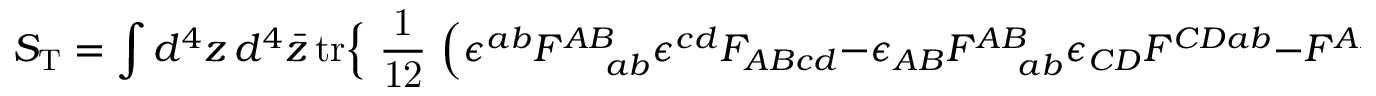
S _ { \mathrm { T } } = \int d ^ { 4 } z \, d ^ { 4 } \bar { z } \, \mathrm { t r } \Bigr \{ \mathrm { ~ \frac { 1 } { 1 2 } ~ } \Bigr ( \epsilon ^ { a b } F _ { \! ~ ~ ~ ~ a b } ^ { A B } \epsilon ^ { c d } F _ { A B c d } - \epsilon _ { A B } F _ { \! ~ ~ ~ ~ a b } ^ { A B } \epsilon _ { C D } F ^ { C D a b } - F _ { \! ~ ~ ~ ~ a b } ^ { A B } F _ { A B } ^ { \! ~ ~ ~ ~ b a } \Bigr ) \Bigr \} ,